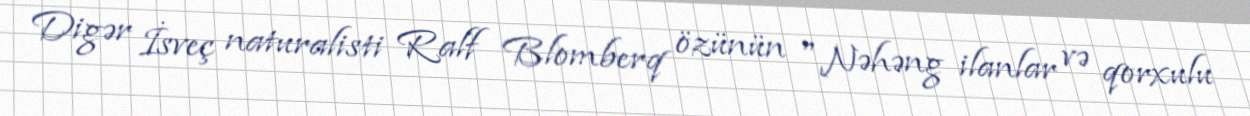
Digər İsveç naturalisti Ralf Blomberq özünün "Nəhəng ilanlar və qorxulu